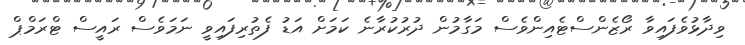
ވިދާޅުވެފައިވާ ރޯޒެންސްޓެއިންވެސް މަގާމުން ދުރުކުރާނެ ކަމަށް އަޑު ފެތުރިފައިވީ ނަމަވެސް ރައީސް ޓްރަމްޕް